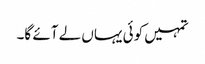
تمہیں کوئی یہاں لے آئے گا۔